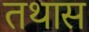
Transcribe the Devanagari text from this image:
तथास